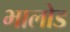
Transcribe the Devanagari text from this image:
भालोड